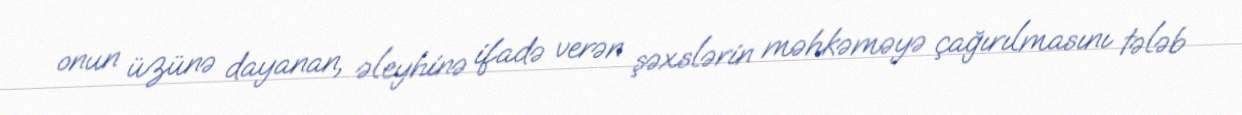
onun üzünə dayanan, əleyhinə ifadə verən şəxslərin məhkəməyə çağırılmasını tələb